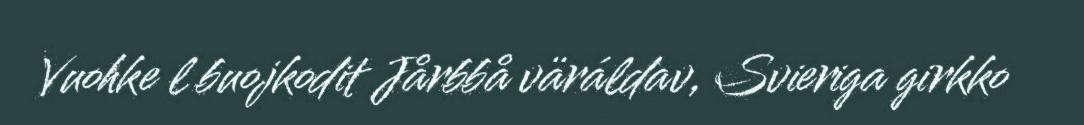
Vuohke l buojkodit Jårbbå väráldav, Svieriga girkko